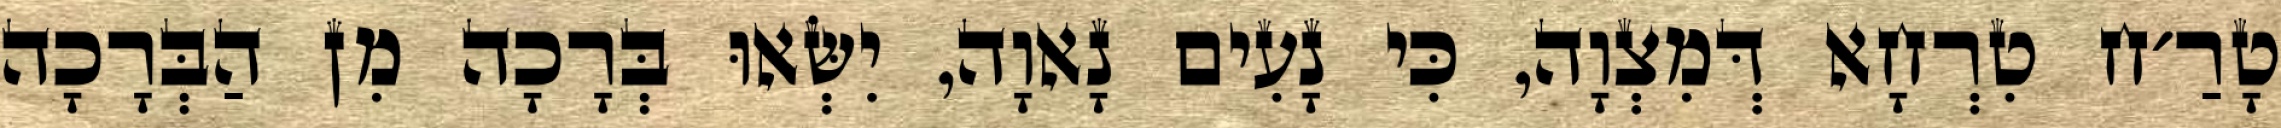
טָרַ׳ח טִרְחָא דְּמִצְוָה, כִּי נָעִים נָאוָה, יִשְּׂאוּ בְּרָכָה מִן הַבְּרָכָה